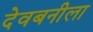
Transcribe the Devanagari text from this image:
देवबनीला